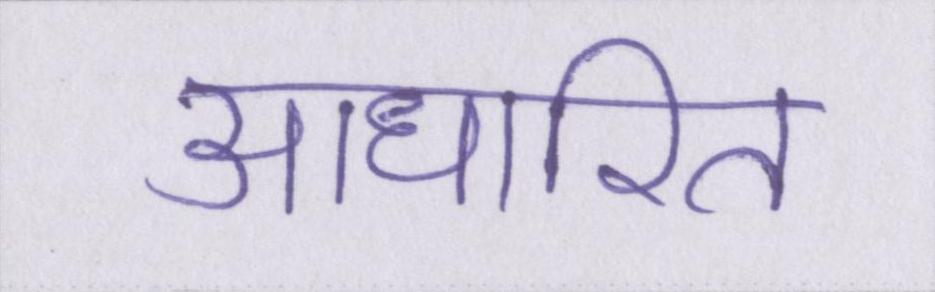
आधारित